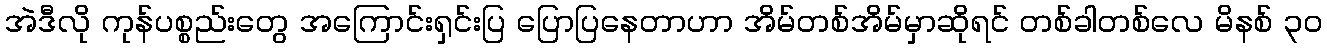
အဲဒီလို ကုန်ပစ္စည်းတွေ အကြောင်းရှင်းပြ ပြောပြနေတာဟာ အိမ်တစ်အိမ်မှာဆိုရင် တစ်ခါတစ်လေ မိနစ် ၃၀